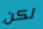
لكن